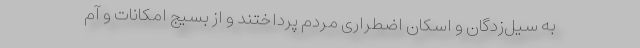
به سیل‌زدگان و اسکان اضطراری مردم پرداختند و از بسیج امکانات و آم